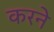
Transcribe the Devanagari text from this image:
करनेे